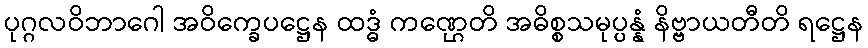
ပုဂ္ဂလဝိဘာဂေါ အဝိက္ခေပဋ္ဌေန ထဒ္ဓံ ကဏ္ဌေတိ အဓိစ္စသမုပ္ပန္နံ နိဗ္ဗာယတီတိ ရဋ္ဌေန